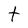
Character: t